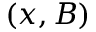
( x , B )